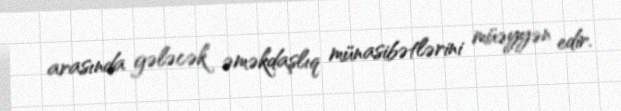
arasında gələcək əməkdaşlıq münasibətlərini müəyyən edir.